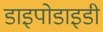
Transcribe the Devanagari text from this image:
डाइपोडाइडी